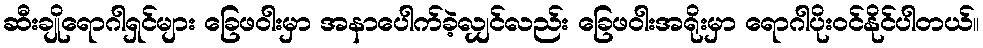
ဆီးချိုရောဂါရှင်များ ခြေဖဝါးမှာ အနာပေါက်ခဲ့လျှင်လည်း ခြေဖဝါးအရိုးမှာ ရောဂါပိုးဝင်နိုင်ပါတယ်။